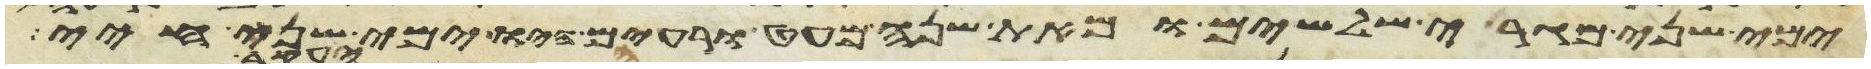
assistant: ימי שני מגרי שלשים ומאת שנה מעט ורעים היו ימי שני חיי